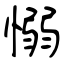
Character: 愵